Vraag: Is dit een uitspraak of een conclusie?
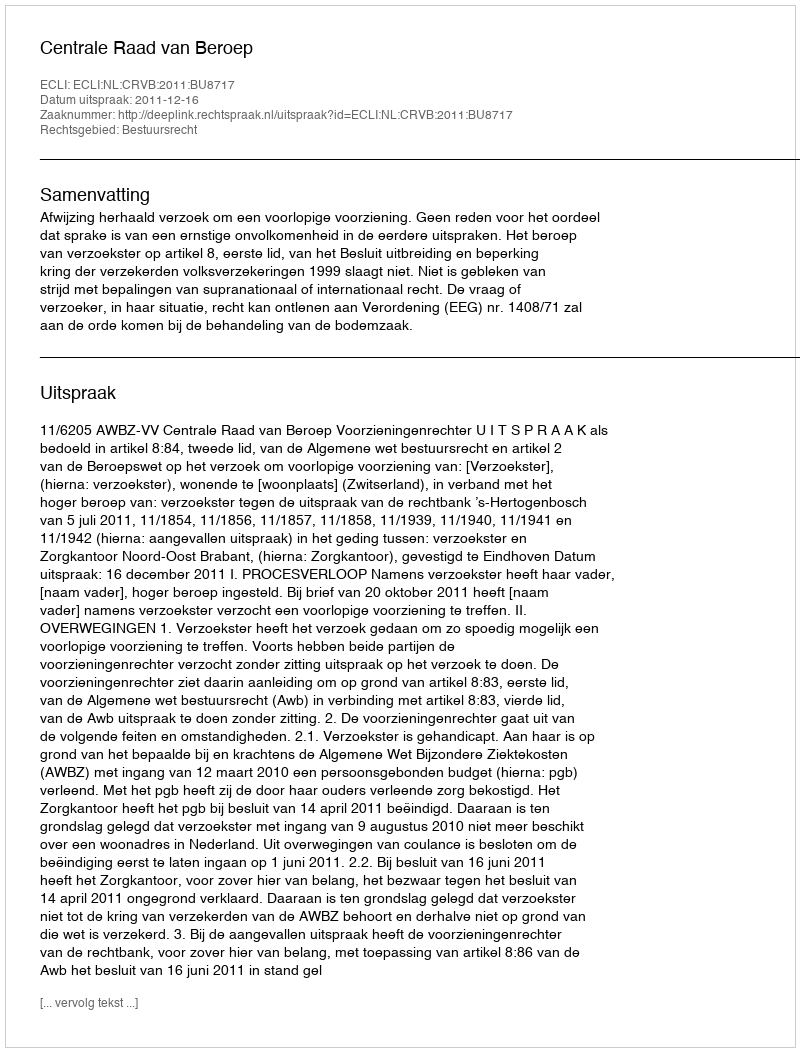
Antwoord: Uitspraak